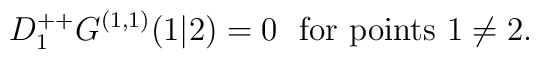
D^{++}_1 G^{(1,1)} (1\vert 2) = 0 \ \ \mbox{for points $1\neq 2$.}